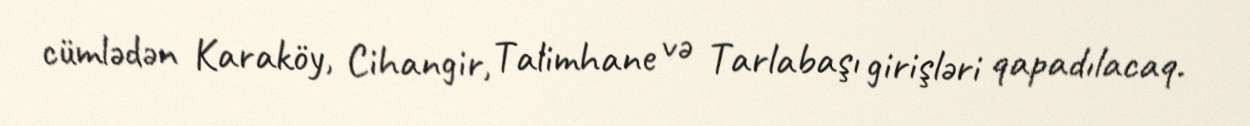
cümlədən Karaköy, Cihangir, Talimhane və Tarlabaşı girişləri qapadılacaq.